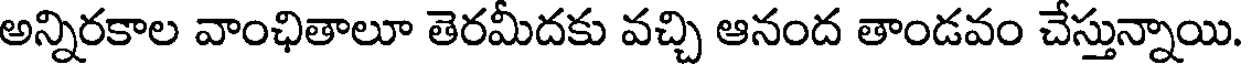
అన్నిరకాల వాంఛితాలూ తెరమీదకు వచ్చి ఆనంద తాండవం చేస్తున్నాయి